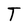
Character: T